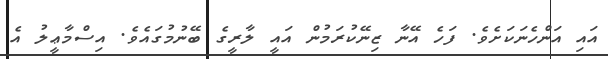
އައި އަންހެނަކަށެވެ. ފަހެ އޭނާ ޒިނޭކުރަމުން އައީ ލާރީގެ ބޭނުމުގައެވެ. އިސްމާޢީލު އެ